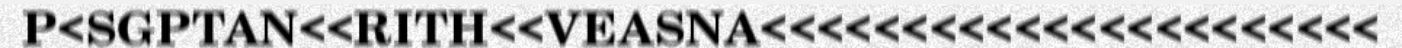
P<SGPTAN<<RITH<<VEASNA<<<<<<<<<<<<<<<<<<<<<<